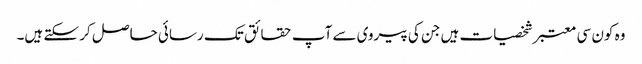
وہ کون سی معتبر شخصیات ہیں جن کی پیروی سے آپ حقائق تک رسائی حاصل کر سکتے ہیں۔